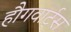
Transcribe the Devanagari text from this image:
हौगवार्ट्स